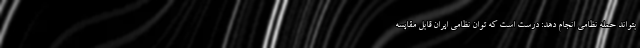
بتواند حمله نظامی انجام دهد: درست است که توان نظامی ایران قابل مقایسه